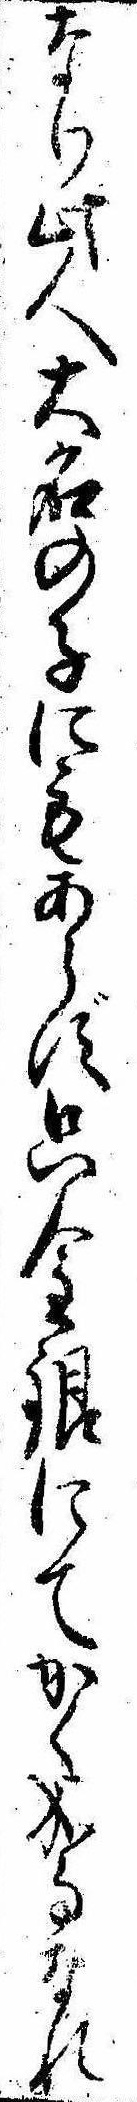
なり此人大名の子にもあらず只金銀にてかく成事なれ